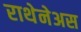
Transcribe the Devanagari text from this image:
राथेनेअस